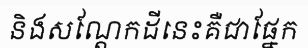
និងសណ្តែកដីនេះគឺជាផ្នែក